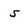
Character: 5